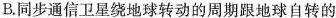
B.同步通信卫星绕地球转动的周期跟地球自转的